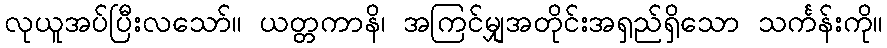
လုယူအပ်ပြီးလသော်။ ယတ္တကာနိ၊ အကြင်မျှအတိုင်းအရှည်ရှိသော သင်္ကန်းကို။